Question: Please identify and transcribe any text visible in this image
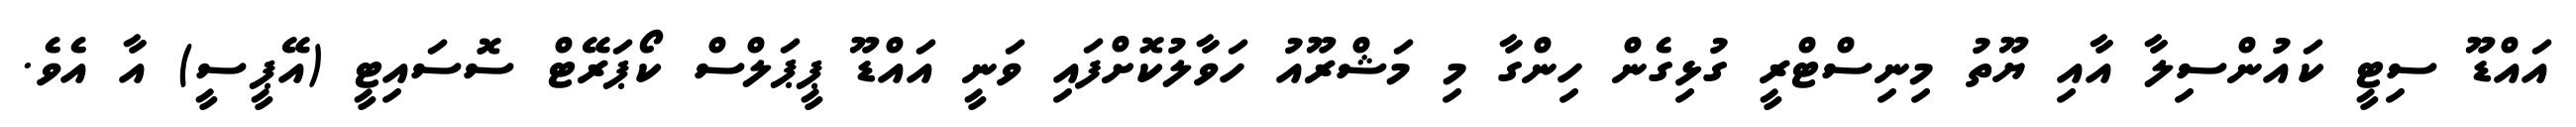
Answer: އައްޑޫ ސިޓީ ކައުންސިލާ އާއި ޔޫތު މިނިސްޓްރީ ގުޅިގެން ހިންގާ މި މަޝްރޫއު ހަވާލުކޮށްފައި ވަނީ އައްޑޫ ޕީޕަލްސް ކޯޕަރޭޓް ސޮސައިޓީ (އޭޕީސީ) އާ އެވެ.